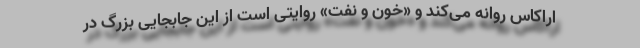
اراکاس روانه می‌کند و «خون و نفت» روایتی است از این جابجایی بزرگ در